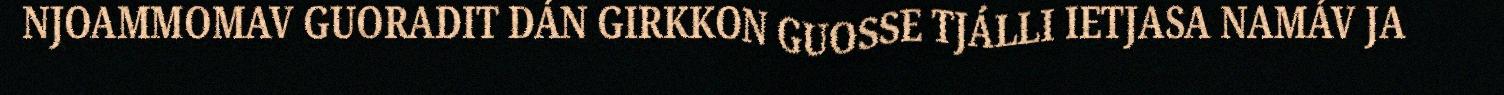
NJOAMMOMAV GUORADIT DÁN GIRKKON GUOSSE TJÁLLI IETJASA NAMÁV JA